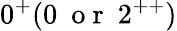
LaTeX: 0^{+}(0~\mathrm{~o~r~}~2^{++})